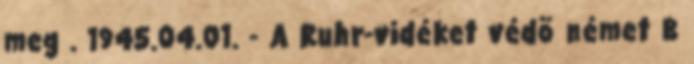
meg . 1945.04.01. - A Ruhr-vidéket védõ német B